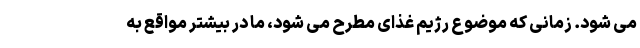
می شود. زمانی که موضوع رژیم غذای مطرح می شود، ما در بیشتر مواقع به